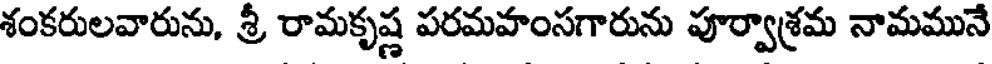
శంకరులవారును, శ్రీ రామకృష్ణ పరమహంసగారును పూర్వాశ్రమ నామమునే